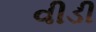
વીડી